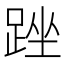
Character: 䟶